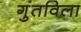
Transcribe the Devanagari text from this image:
गुंतविला